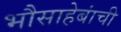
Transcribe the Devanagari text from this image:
भौसाहेबांची